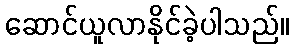
ဆောင်ယူလာနိုင်ခဲ့ပါသည်။